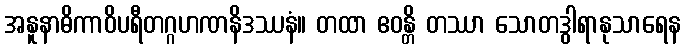
အနူနာဓိကာဝိပရီတဂ္ဂဟဏနိဒဿနံ။ တထာ ဧဝန္တိ တဿာ သောတဒွါရာနုသာရေန